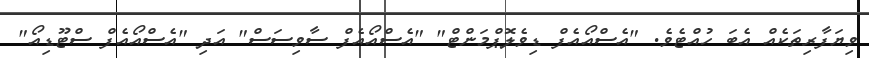
ވިޔަފާރިތަކެއް އެބަ ހުއްޓެވެ. "އެސްއޯއެފް ޑިވެލޮޕްމަންޓް" "އެސްއޯއެފް ސާވިސަސް" އަދި "އެސްއޯއެފް ސްޓޫޑިއޯ"